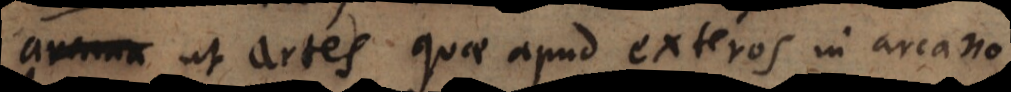
est ut artes quae apud exteros in arcano